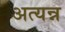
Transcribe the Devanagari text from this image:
अत्यन्न